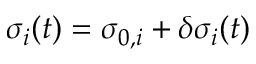
\sigma _ { i } ( t ) = \sigma _ { 0 , i } + \delta \sigma _ { i } ( t )